Document type: Grant
Year: 1403
Scribe: Berenguer Pedrosell
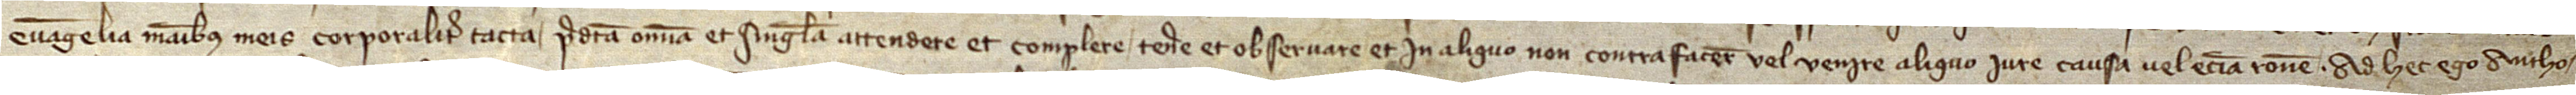
Evangelia, manibus meis corporaliter tacta, predicta omnia et singula attendere et complere, tenere et observare et in aliquo non contrafacere vel venire aliquo iure, causa vel etiam racione. Ad hec ego Antho-